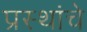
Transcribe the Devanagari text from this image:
प्रस्थांचे